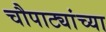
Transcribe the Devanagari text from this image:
चौपाट्यांच्या